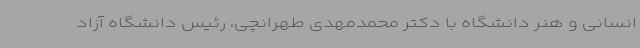
انسانی و هنر دانشگاه با دکتر محمدمهدی طهرانچی، رئیس دانشگاه آزاد